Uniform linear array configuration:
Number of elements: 32
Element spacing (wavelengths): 0.5
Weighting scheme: hann
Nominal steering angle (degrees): -15
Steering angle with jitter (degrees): -16.458
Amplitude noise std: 0.05
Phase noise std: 0.05

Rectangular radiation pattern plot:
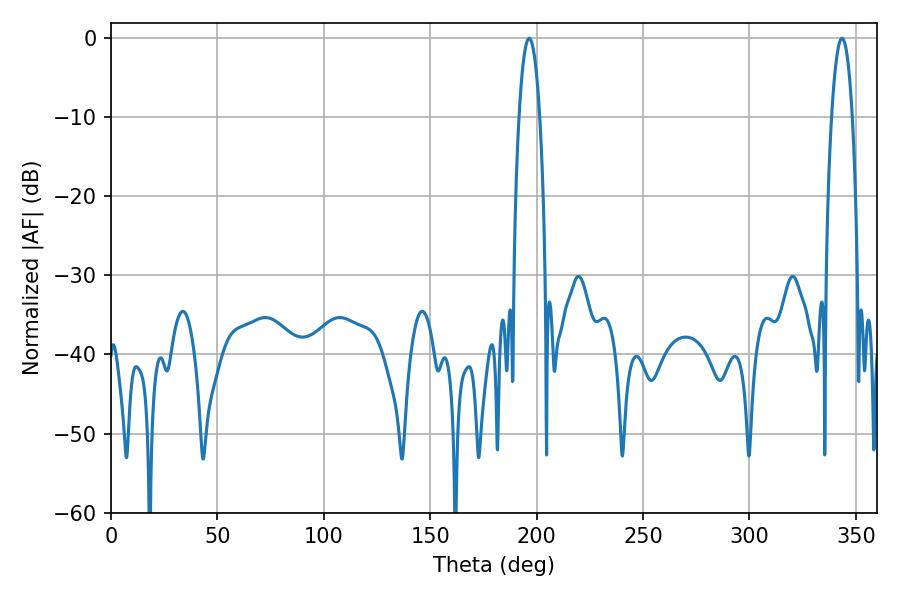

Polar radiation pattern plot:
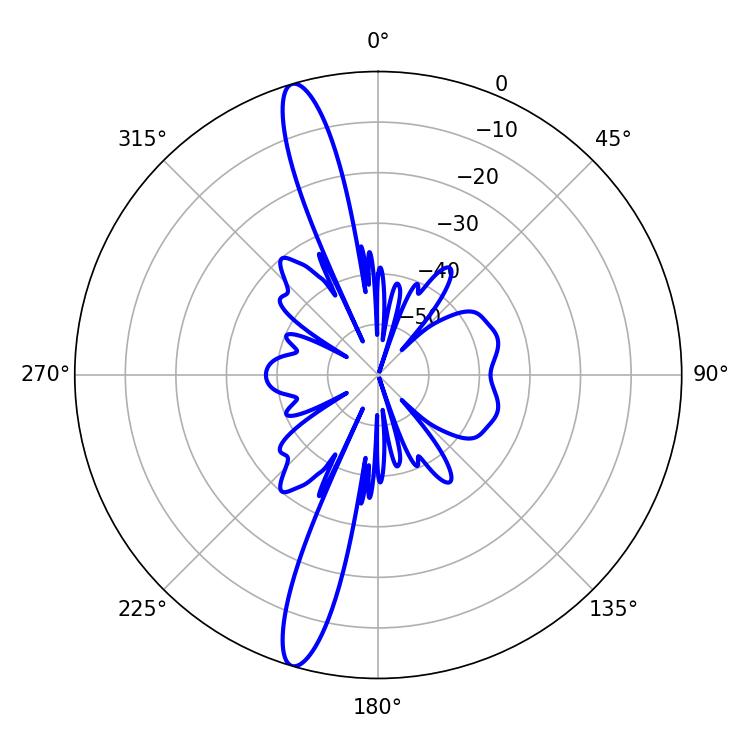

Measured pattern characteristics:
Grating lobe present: FALSE
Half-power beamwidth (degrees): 5.4
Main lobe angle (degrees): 343.44